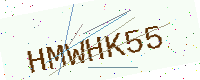
Text: HMWHK55